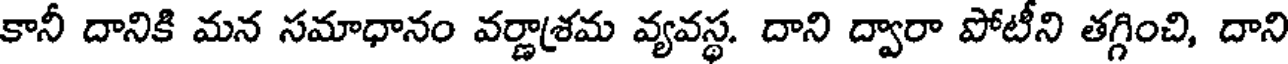
కానీ దానికి మన సమాధానం వర్ణాశ్రమ వ్యవస్థ. దాని ద్వారా పోటీని తగ్గించి, దాని